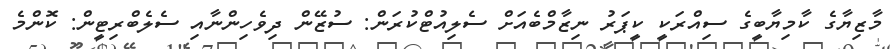
މާޒިޔާގެ ކާމިޔާބީގެ ސިއްރަކީ ކީޕަރު ނިޒާމްބެއަށް ސެލިއުޓްކުރަން: ސުޒޭން ދިވެހިންނާއި ސެލެބްރިޓީން: ކޮންމެ